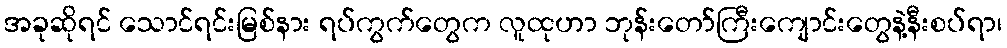
အခုဆိုရင် သောင်ရင်းမြစ်နား ရပ်ကွက်တွေက လူထုဟာ ဘုန်းတော်ကြီးကျောင်းတွေနဲ့နီးစပ်ရာ၊